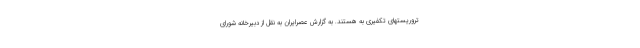
تروریستهای تکفیری به هستند. به گزارش عصرایران به نقل از دبیرخانه شورای